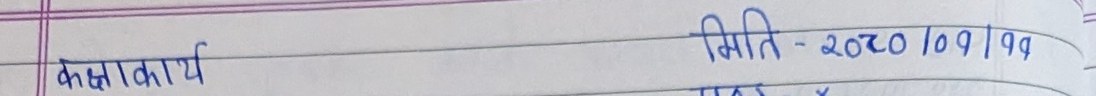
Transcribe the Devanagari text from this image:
कक्षाकार्य मिति - 2020/09/19